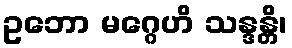
ဥဘော မဂ္ဂေဟိ သန္ဒန္တိ၊